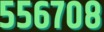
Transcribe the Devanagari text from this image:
५५६७०८